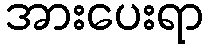
အားပေးရာ